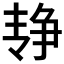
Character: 𰁓